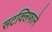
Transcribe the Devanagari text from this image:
सटक्लिफाने